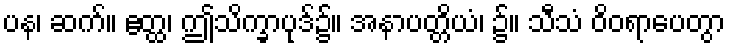
ပန၊ ဆက်။ ဧတ္ထ၊ ဤသိက္ခာပုဒ်၌။ အနာပတ္တိယံ၊ ၌။ သီသံ ဝိဝရာပေတွာ